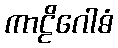
ကာဠိဂေါဓံ